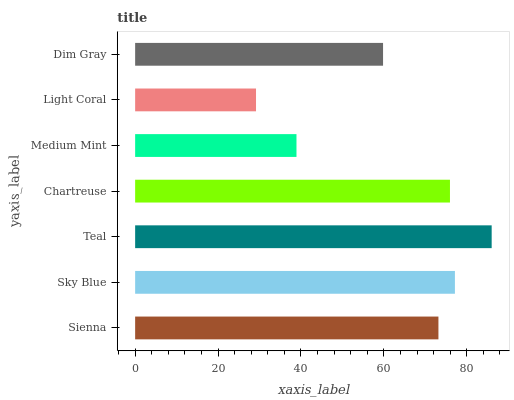
| yaxis_label | bars |
 | --- | --- |
 | Sienna | 73.2 |
 | Sky Blue | 77.1 |
 | Teal | 86 |
 | Chartreuse | 75.9 |
 | Medium Mint | 38.9 |
 | Light Coral | 29.2 |
 | Dim Gray | 59.8 |